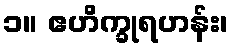
၁။ ဧဟိက္ခုရဟန်း၊